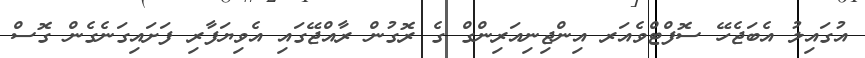
އުގައިލު އެބަޖެހޭ ސޮފްޓްވެއަރ އިންޖިނިއަރިންގް ގެ ރޮގުން ރާއްޖޭގައި އެވިޔަފާރި ފަށައިގަނެގެން ގޮސް